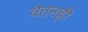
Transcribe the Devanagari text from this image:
वेतनही